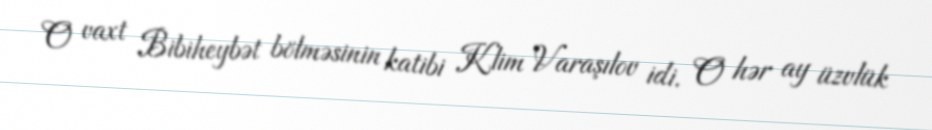
O vaxt Bibiheybət bölməsinin katibi Klim Varaşılov idi. O hər ay üzvlük